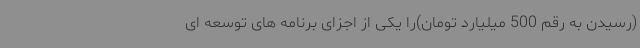
(رسیدن به رقم 500 میلیارد تومان)را یکی از اجزای برنامه های توسعه ای